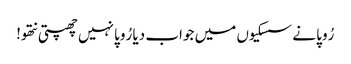
رُوپا نے سسکیوں میں جواب دیا رُوپا نہیں چھپتی نتھو!